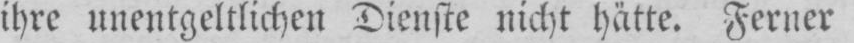
ihre unentgeltlichen Dienste nicht hätte. Ferner